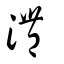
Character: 澧